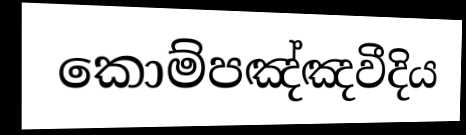
කොම්පඤ්ඤවීදිය